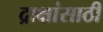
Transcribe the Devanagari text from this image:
द्राक्षांसाठी